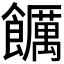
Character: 𮩖